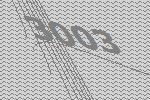
3003